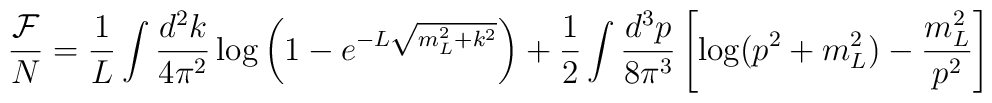
\frac{{\cal F}}{N} = \frac{1}{L} \int \frac{d^2 k}{4 \pi^2} \log \left( 1 -e^{-L\sqrt{m_L^2 + k^2}} \right)+ \frac{1}{2} \int \frac{d^3 p}{8 \pi^3} \left[\log(p^2 + m_L^2) - \frac{m_L^2}{p^2} \right]